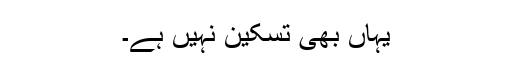
یہاں بھی تسکین نہیں ہے۔